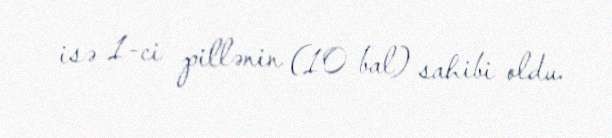
isə 1-ci pillənin (10 bal) sahibi oldu.